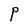
Character: P